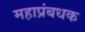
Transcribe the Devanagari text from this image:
महाप्रंबधक